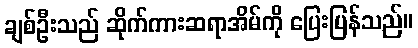
ချစ်ဦးသည် ဆိုက်ကားဆရာအိမ်ကို ပြေးပြန်သည်။